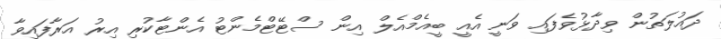
ދައުލަތުން ވިދާޅުވެފައި ވަނީ އެއީ ބީއެމްއެލް އިން ސްޓޭޓްމެންޓު އެންޓާކުރި އިރު އަރާފައިވާ